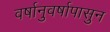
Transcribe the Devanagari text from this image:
वर्षानुवर्षापासुन